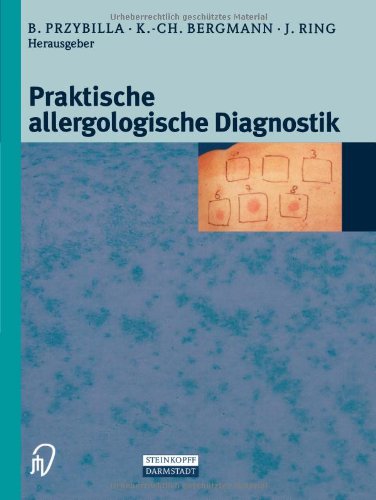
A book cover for Praktische Allergologische Diagnostik (German Edition); Health, Fitness & Dieting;